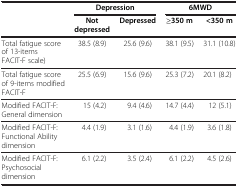
|  | <COLSPAN=2> Depression | <COLSPAN=2> 6MWD |
 |  | Not depressed | Depressed | ≥350 m | <350 m |
 | --- | --- | --- | --- | --- |
 | Total fatigue score of 13-items FACIT-F scale) | 38.5 (8.9) | 25.6 (9.6) | 38.1 (9.5) | 31.1 (10.8) |
 | Total fatigue score of 9-items modified FACIT-F | 25.5 (6.9) | 15.6 (9.6) | 25.3 (7.2) | 20.1 (8.2) |
 | Modified FACIT-F: General dimension | 15 (4.2) | 9.4 (4.6) | 14.7 (4.4) | 12 (5.1) |
 | Modified FACIT-F: Functional Ability dimension | 4.4 (1.9) | 3.1 (1.6) | 4.4 (1.9) | 3.6 (1.8) |
 | Modified FACIT-F: Psychosocial dimension | 6.1 (2.2) | 3.5 (2.4) | 6.1 (2.2) | 4.5 (2.6) |